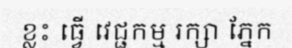
ខ្លះ ធ្វើ វេជ្ជកម្ម រក្សា ភ្នែក